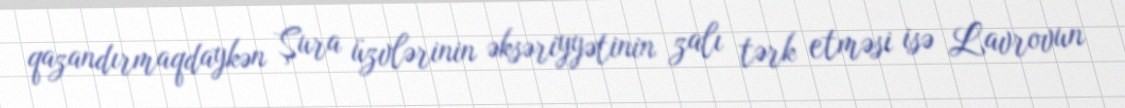
qazandırmaqdaykən Şura üzvlərinin əksəriyyətinin zalı tərk etməsi isə Lavrovun